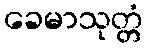
ခေမာသုတ္တံ